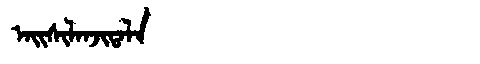
Manchu: ᠠᡳᠰᡳᠯᠠᠨᠵᡳᡨᠠᠯᠠ
Romanization: AISILANJITALA